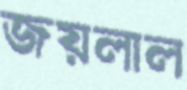
জয়লাল